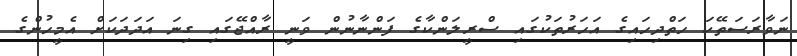
ނަވާރަސަތޭކަ ހަތްދިހައިގެ އަހަރުތަކުގައި ސްރީލަންކާގެ ފަންނާނުން ވަނީ ރާއްޖޭގައި ގިނަ އަދަދަކަށް އެމީހުންގެ